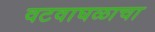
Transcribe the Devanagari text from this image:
वटवाघळाचा